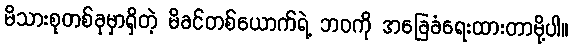
မိသားစုတစ်ခုမှာရှိတဲ့ မိခင်တစ်ယောက်ရဲ့ ဘဝကို အခြေခံရေးထားတာမို့ပါ။